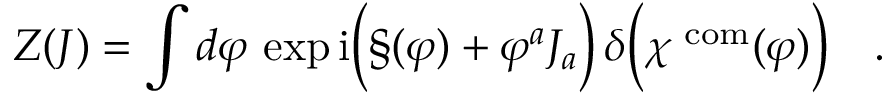
Z ( J ) = \int d \varphi \, \exp \mathrm { i } \Bigl ( \S ( \varphi ) + \varphi ^ { a } J _ { a } \Bigr ) \, \delta \Bigl ( \chi ^ { \mathrm { \scriptsize ~ c o m } } ( \varphi ) \Bigr ) \quad .